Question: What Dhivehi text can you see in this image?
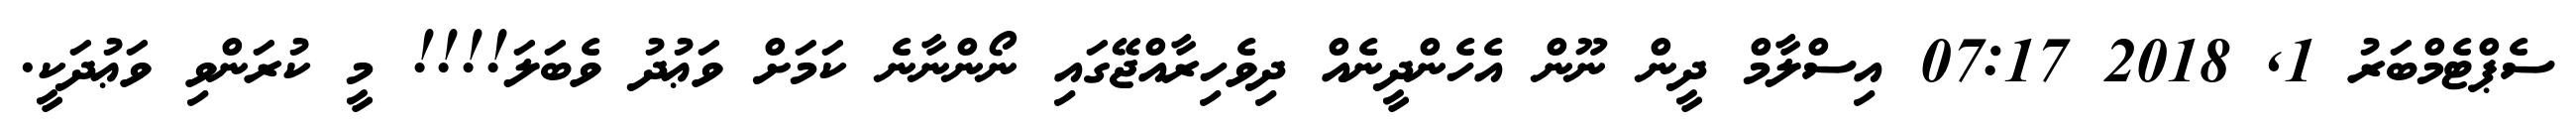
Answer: ސެޕްޓެމްބަރު 1, 2018 07:17 އިސްލާމް ދީން ނޫން އެހެންދީނެއް ދިވެހިރާއްޖޭގައި ނޯންނާނެ ކަމަށް ވަޢުދު ވެބަލަ!!!! މީ ކުރަންވި ވަޢުދަކީ.